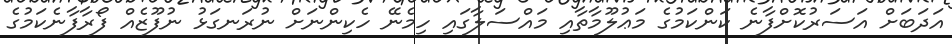
އަދަބަށް އަސަރުކޮށްފާނެ ކަންކަމުގެ މަޢުލޫމާތާއި މައްސަލާގައި ހިމެނޭ ހެކިންނަށް ނުރަނގަޅު ނުފޫޒެއް ފޯރާފާނެކަމުގެ